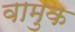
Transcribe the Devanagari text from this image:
वामुक